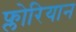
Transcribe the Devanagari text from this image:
फ्लोरियान